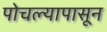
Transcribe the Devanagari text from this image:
पोचल्यापासून